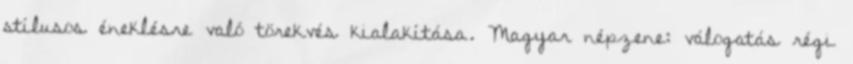
stílusos éneklésre való törekvés kialakítása. Magyar népzene: válogatás régi